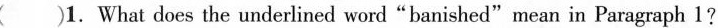
( )1.What does the underlined word"banished"mean in Paragraph 1?